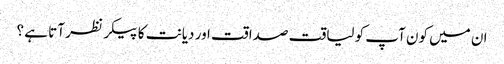
ان میں کون آپ کو لیاقت صداقت اور دیانت کا پیکر نظر آتا ہے ؟